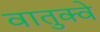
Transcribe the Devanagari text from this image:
वातुक्वे